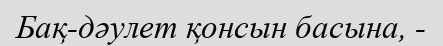
Бақ-дәулет қонсын басына, -